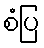
စံပြ